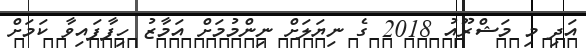
އަދި މި މަޝްރޫއު 2018 ގެ ނިޔަލަށް ނިންމުމަށް އަމާޒު ހިފާފައިވާ ކަމަށް